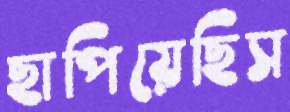
ছাপিয়েছিস